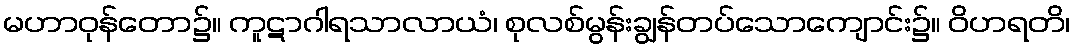
မဟာဝုန်တော၌။ ကူဋာဂါရသာလာယံ၊ စုလစ်မွန်းချွန်တပ်သောကျောင်း၌။ ဝိဟရတိ၊